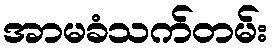
အာမခံသက်တမ်း